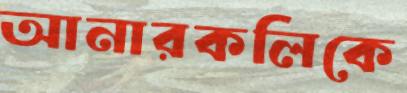
আনারকলিকে